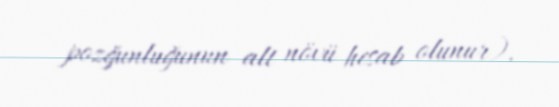
pozğunluğunun alt növü hesab olunur).